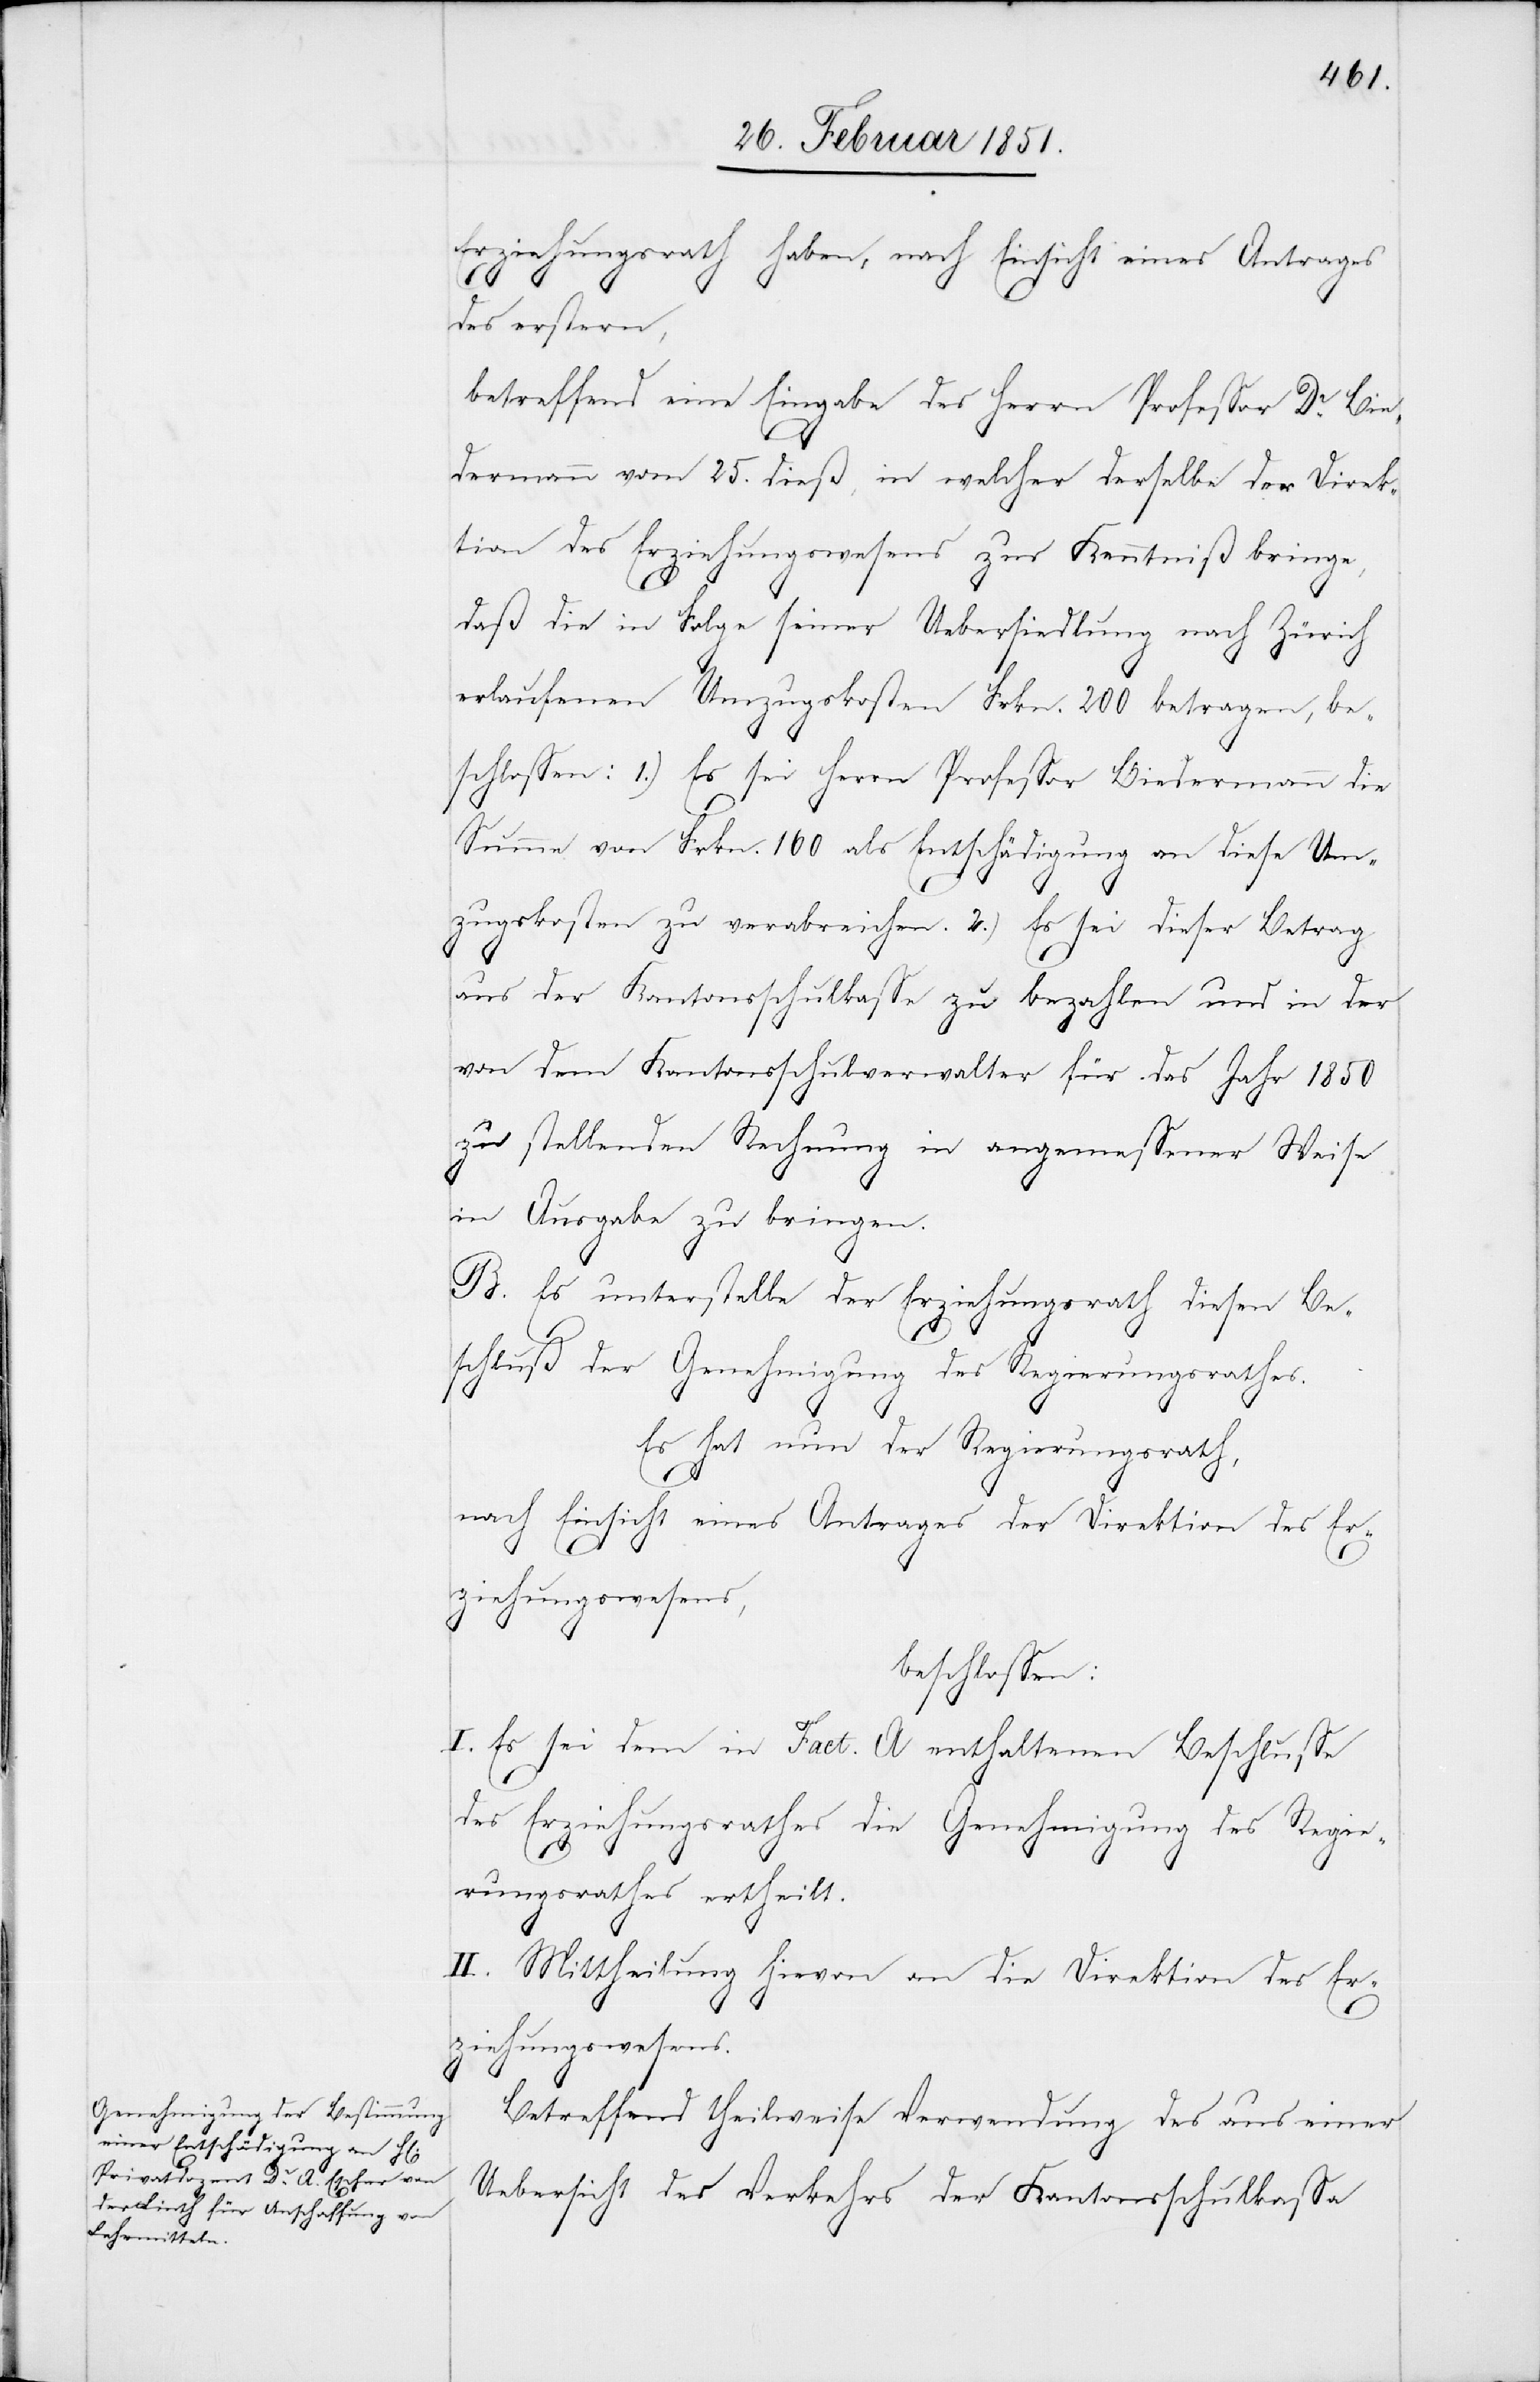
Erziehungsrath haben, nach Einsicht eines Antrages
des erstern,
betreffend eine Eingabe des Herrn Professor Dr. Bie¬
dermann vom 25. dieß, in welcher derselbe der Direk¬
tion des Erziehungswesens zur Kenntniß bringe,
daß die in Folge seiner Uebersiedlung nach Zürich
erlaufenen Umzugskosten Frkn. 200 betragen, be¬
schlossen: 1.) Es sei Herrn Professor Biedermann die
Summe von Frkn. 160 als Entschädigung an diese Um¬
zugskosten zu verabreichen. 2.) Es sei dieser Betrag
aus der Kantonsschulkasse zu bezahlen und in der
von dem Kantonsschulverwalter für das Jahr 1850
zu stellenden Rechnung in angemessener Weise
in Ausgabe zu bringen.
B. Es unterstelle der Erziehungsrath diesen Be¬
schluß der Genehmigung des Regierungsrathes.
Es hat nun der Regierungsrath,
nach Einsicht eines Antrages der Direktion des Er¬
ziehungswesens,
beschlossen:
I. Es sei dem in Fact. A enthaltenen Beschlusse
des Erziehungsrathes die Genehmigung des Regie¬
rungsrathes ertheilt.
II. Mittheilung hievon an die Direktion des Er¬
ziehungswesens.
Betreffend theilweise Verwendung des aus einer
Uebersicht des Verkehrs der Kantonsschulkassa